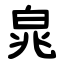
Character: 㿡